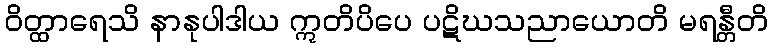
ဝိတ္ထာရေသိ နာနုပါဒါယ ဣတိပိပေ ပဋိဃသညာယောတိ မရန္တီတိ